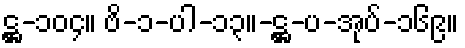
ဋ္ဌ-၁၀၄။ ဗိ-၁-ပါ-၁၃။-ဋ္ဌ-ပ-အုပ်-၁၆၉။